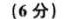
(6分)